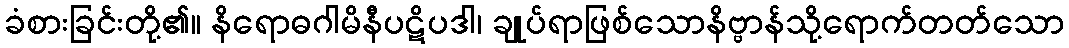
ခံစားခြင်းတို့၏။ နိရောဓဂါမိနီပဋိပဒါ၊ ချုပ်ရာဖြစ်သောနိဗ္ဗာန်သို့ရောက်တတ်သော